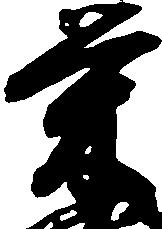
栄